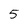
Character: 5